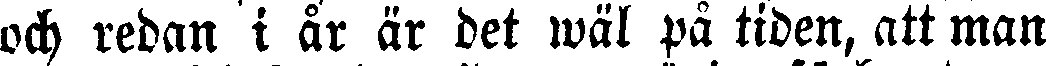
och redan i år är det wäl på tiden, att man